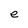
Character: e